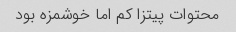
محتوات پیتزا کم اما خوشمزه بود